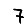
Digit: 7